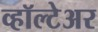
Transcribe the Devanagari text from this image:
व्हॉल्टेअर